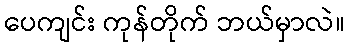
ပေကျင်း ကုန်တိုက် ဘယ်မှာလဲ။